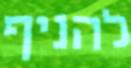
להניף